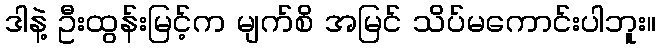
ဒါနဲ့ ဦးထွန်းမြင့်က မျက်စိ အမြင် သိပ်မကောင်းပါဘူး။